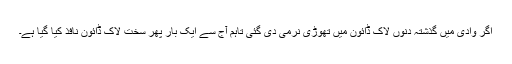
اگر وادی میں گذشتہ دنوں لاک ڈائون میں تھوڑی نرمی دی گئی تاہم آج سے ایک بار پھر سخت لاک ڈائون نافذ کیا گیا ہے۔